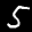
Label: 5